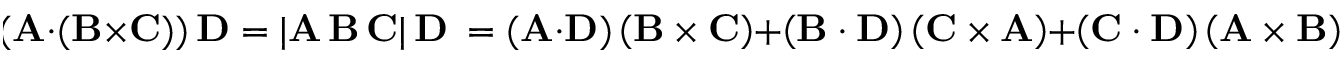
\! ( \mathbf { A } \cdot ( \mathbf { B } \times \mathbf { C } ) ) \, \mathbf { D } = | \mathbf { A } \, \mathbf { B } \, \mathbf { C } | \, \mathbf { D } \ = ( \mathbf { A } \cdot \mathbf { D } ) \left( \mathbf { B } \times \mathbf { C } \right) + \left( \mathbf { B } \cdot \mathbf { D } \right) \left( \mathbf { C } \times \mathbf { A } \right) + \left( \mathbf { C } \cdot \mathbf { D } \right) \left( \mathbf { A } \times \mathbf { B } \right)